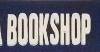
bookshop